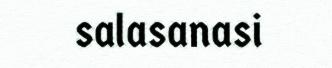
salasanasi